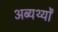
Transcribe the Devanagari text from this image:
अब्यर्थ्यों